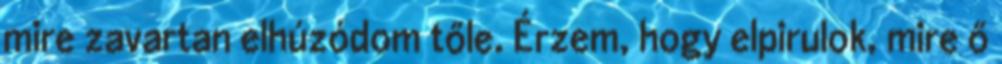
mire zavartan elhúzódom tőle. Érzem, hogy elpirulok, mire ő